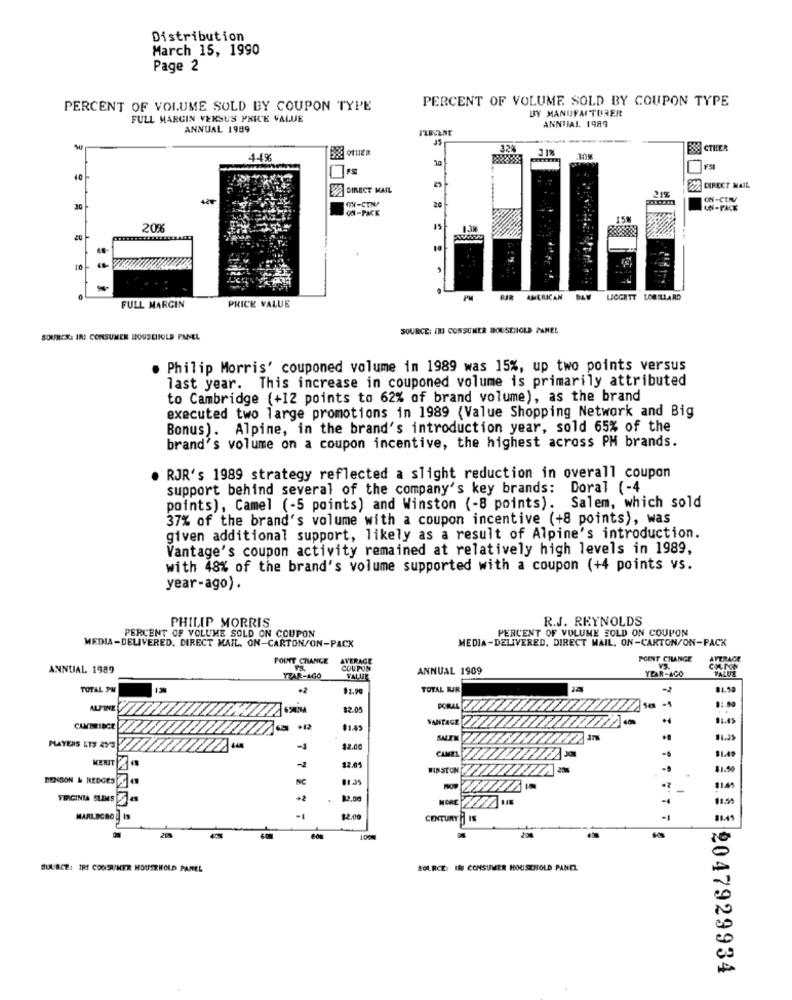
Distribution
March 15, 1990
Page 2
PERCENT OF VOLUME SOLD BY COUPON TYPE
PERCENT OF VOLUME SOLD BY COUPON TYPE
BY MANUFACTURER
FULL MARCIN VERSUS PRICE VALUE
ANNUAL 1989
ANNUAL 1989
---
3.12
388 CTILER
44%
BROTHER
4.0
DIRECT MAIL
DIRECT MAIL
ON-CEN/
ON-CIN/
30
ON-PACK
UN-PACK
20%6
20
PM
AMERICAN
LICGETT LORILLARD
FULL MARGIN
PRICE VALUE
SOURCE: IRI CONSUMER MOUSEIIOLD PANEL
SOURIS .: IRI CONSUMER BOUSCHIOLD PANEL
Philip Morris' couponed volume in 1989 was 15%, up two points versus
last year. This increase in couponed volume is primarily attributed
to Cambridge (+12 points to 62% of brand volume), as the brand
executed two large promotions in 1989 (Value Shopping Network and Big
Bonus). Alpine, in the brand's introduction year, sold 65% of the
brand's volume on a coupon incentive, the highest across PH brands.
. RJR's 1989 strategy reflected a slight reduction in overall coupon
support behind several of the company's key brands: Doral (-4
points), Camel (-5 points) and Winston (-8 points). Salem, which sold
37% of the brand's volume with a coupon incentive (+8 points), was
given additional support, likely as a result of Alpine's introduction.
Vantage's coupon activity remained at relatively high levels in 1989,
with 48% of the brand's volume supported with a coupon (+4 points vs.
year-ago) .
PHILIP MORRIS
R.J. REYNOLDS
PERCENT OF VOLUME SOLD ON COUPON
MEDIA-DELIVERED. DIRECT MAIL. ON-CARTON/ON-PACK
PERCENT OF VOLUME SOLD ON COUPON
MEDIA-DELIVERED, DIRECT MAIL. ON-CARTON/ON-PACK
POINT CHANGE
AVERAGE
POINT CHANGE
AVERAGE
ANNUAL 1989
COUPON
ANNUAL 1909
YEAR-ACO
VALUE
TTAR-400
VALUE
TOTAL PM
+2
TOTAL WAR
-2
ALPINE
$2.05
PORAL
VANTAGE
.4
CAMBRIDGE
+12
$1.43
PLAYERS LTS 2Y3
12.00
CAMEL
91.49
-2
MERIT
12.01
WINSTON
11.5
BENSON & HEDGES
NC
01.35
VIRGINIA SLIMS
+2
11.59
MARLBORO
$2.00
CENTURY H IS
100%
SOURCE: IRT CONSUMER HOUSEHOLD PANEL
SOURCE: IN CONSUMER HOUSEHOLD PANEL
9047929934